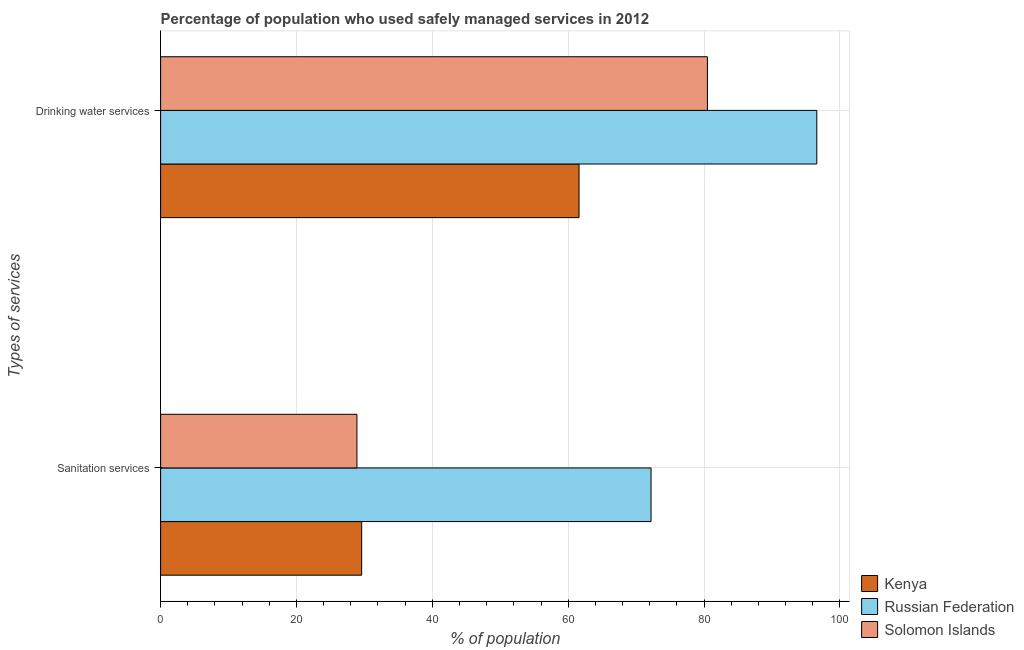
| Types of services | Kenya | Russian Federation | Solomon Islands |
 | --- | --- | --- | --- |
 | Sanitation services | 29.6 | 72.2 | 28.9 |
 | Drinking water services | 61.6 | 96.6 | 80.5 |